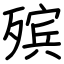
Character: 殡